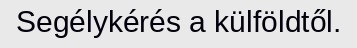
Segélykérés a külföldtől.